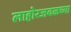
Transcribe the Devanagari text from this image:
लाहोरजवळच्या